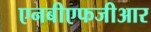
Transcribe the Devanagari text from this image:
एनबीएफजीआर